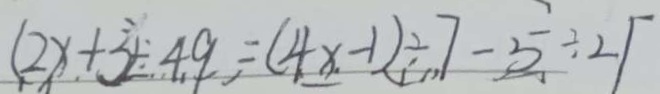
( 2 x + 3 ) \div 4 9 = ( 4 x - 1 ) \div 7 - 5 \div 2 1